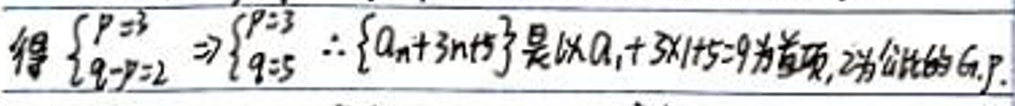
得$\begin{cases}p = 3\\q - p=2\end{cases}\Rightarrow\begin{cases}p = 3\\q = 5\end{cases}$ $\therefore\{a_{n}+3n + 5\}$是以$a_{1}+3\times1 + 5 = 9$为首项,$2$为公比的G.P.